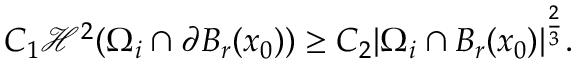
C _ { 1 } \mathcal { H } ^ { 2 } ( \Omega _ { i } \cap \partial B _ { r } ( x _ { 0 } ) ) \geq C _ { 2 } | \Omega _ { i } \cap B _ { r } ( x _ { 0 } ) | ^ { \frac { 2 } { 3 } } .